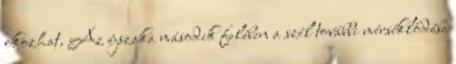
okozhat. Az éjszaka második felében a szél további mérséklődése